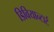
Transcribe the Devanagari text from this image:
डिवियान्टार्ट